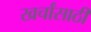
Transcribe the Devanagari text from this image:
खर्चांसाठी